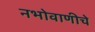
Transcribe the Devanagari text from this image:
नभोवाणीचे